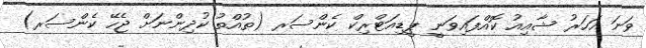
ވަނަ އަހަރު ޝާއިއު ކޮއްފައިވަނީ ޕީޑިއަޓްރިކް ކެންސަރ (ތުއްތު ކުދިންނަށް ޖެހޭ ކެންސަރ)